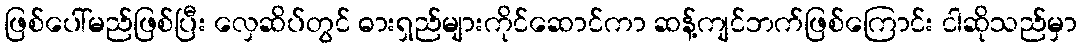
ဖြစ်ပေါ်မည်ဖြစ်ပြီး လှေဆိပ်တွင် ဓားရှည်များကိုင်ဆောင်ကာ ဆန့်ကျင်ဘက်ဖြစ်ကြောင်း ငါဆိုသည်မှာ